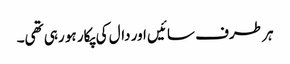
ہر طرف سائیں اور دال کی پکار ہو رہی تھی۔